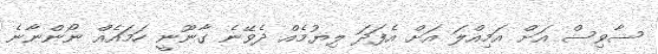
ސާވިސް އަށް އަމިއްލަ އަށް އެފަދަ ލިޔުމެއް ދެވޭނެ ގާނޫނީ ހަމައެއް ނޯންނާނެ